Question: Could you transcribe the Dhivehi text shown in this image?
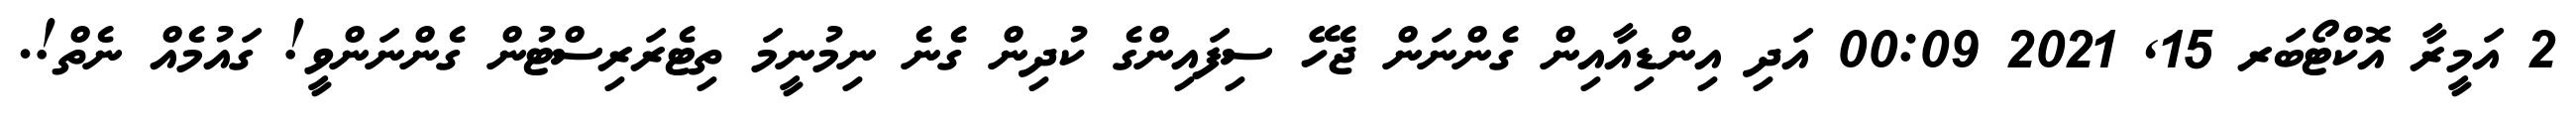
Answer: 2 އަމީރާ އޮކްޓޯބަރ 15, 2021 00:09 އަދި އިންޑިއާއިން ގެންނަން ޖެހޭ ސިފައިންގެ ކުދިން ގެނެ ނިމުނީމަ ތިޓެރަރިސްޓުން ގެންނަންވީ! ގައުމެއް ނެތް!.